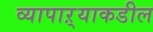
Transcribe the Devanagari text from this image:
व्यापाऱ्याकडील